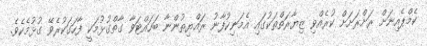
ކެމްޕެއިނަށް ރަށްރަށަށް ކުރެއްވި ޒިޔާރަތްތަކުގައި އެމަނިކުފާނު ރައްޔިތުންނާ ބަހައްޓަވާ ގާތްގުޅުމަކީ ފާހަގަކުރެވޭ ގުޅުމެކެވެ.